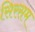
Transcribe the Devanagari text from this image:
सिरसम